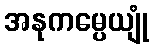
အနုကမ္ပေယျုံ